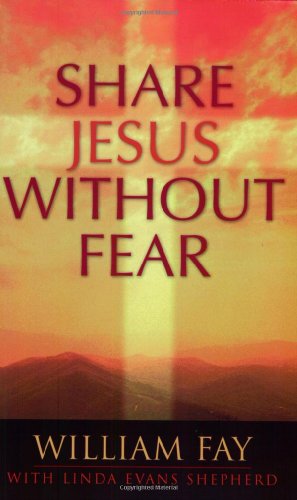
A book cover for Share Jesus Without Fear; Linda Evans Shepherd; Christian Books & Bibles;